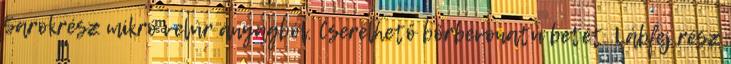
Sarokrész mikró velúr anyagból. Cserélhető bőrbevonatú betét. Lábfej rész